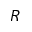
R